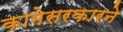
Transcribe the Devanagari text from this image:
कामेसरकारने